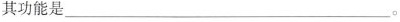
其功能是___。